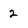
Character: 2